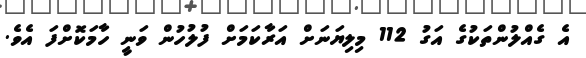
އެ ގެއްލުންތަކުގެ އަގު 112 މިލިޔަނަށް އަރާކަމަށް ފުލުހުން ވަނީ ހާމަކޮށްފަ އެވެ.